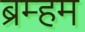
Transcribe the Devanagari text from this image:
ब्रम्हम